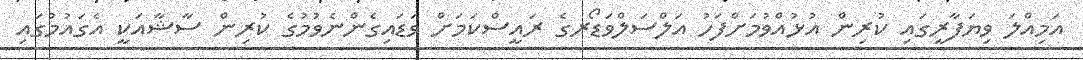
އަމިއްލަ ވިޔަފާރީގައި ކުރިން އުޅުއްވުމަށްފަހު އަލްސަލްވަޑޯރގެ ރައީސްކަމަށް ވަޑައިގެންނެވުމުގެ ކުރިން ސާޝާއަކީ އެގައުމުގައި